Plague in India, 1896, 1897 - Volume 1
Year: 1896
Disease focus: Plague
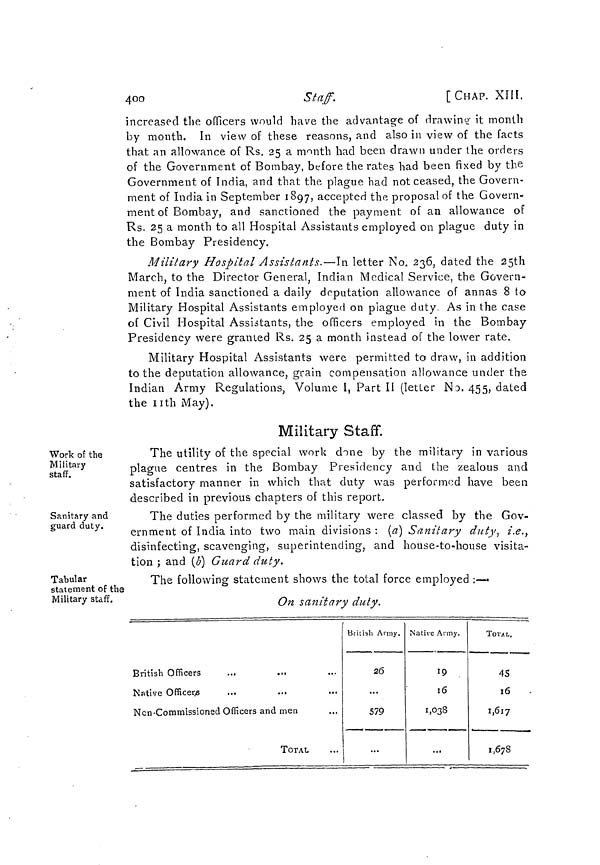
400
Staff.
[CHAP. XIII,
increased the officers would have the advantage of drawing it month
by month. In view of these reasons, and also in view of the facts
that an allowance of Rs. 25 a month had been drawn under the orders
of the Government of Bombay, before the rates had been fixed by the
Government of India, and that the plague had not ceased, the Govern-
ment of India in September 1897, accepted the proposal of the Govern-
ment of Bombay, and sanctioned the payment of an allowance of
Rs. 25 a month to all Hospital Assistants employed on plague duty in
the Bombay Presidency.
Military Hospital Assistants.—In letter No. 236, dated the 25th
March, to the Director General, Indian Medical Service, the Govern-
ment of India sanctioned a daily deputation allowance of annas 8 to
Military Hospital Assistants employed on plague duty. As in the case
of Civil Hospital Assistants, the officers employed in the Bombay
Presidency were grained Rs. 25 a month instead of the lower rate.
Military Hospital Assistants were permitted to draw, in addition
to the deputation allowance, grain compensation allowance under the
Indian Army Regulations, Volume I, Part II (letter No. 455, dated
the 11th May).
Military Staff.
Work of the
Military
staff.
The utility of the special work done by the military in various
plague centres in the Bombay Presidency and the zealous and
satisfactory manner in which that duty was performed have been
described in previous chapters of this report.
Sanitary and
guard duty.
The duties performed by the military were classed by the Gov-
ernment of India into two main divisions : (a) Sanitary duty, i.e.,
disinfecting, scavenging, superintending, and house-to-house visita-
tion ; and (b) Guard duty.
Tabular
statement of the
Military staff.
The following statement shows the total force employed :—
On sanitary duty.
British Officers
...
...
Native
Officers
...
...
Non-Commissioned Officers and men
TOTAL
British Army.
26
...
579
...
Native Army.
19
16
1,038
...
TOTAL.
45
16
1,617
1,678